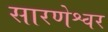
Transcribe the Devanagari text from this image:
सारणेश्वर